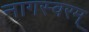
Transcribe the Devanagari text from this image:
नागस्वरम्